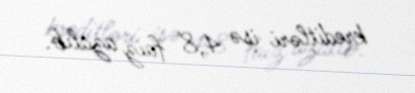
kreditləri isə 4,8 faiz azalıb.